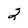
Character: 2